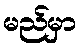
မည်မှာ